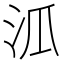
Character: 𣲖